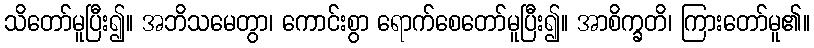
သိတော်မူပြီး၍။ အဘိသမေတွာ၊ ကောင်းစွာ ရောက်စေတော်မူပြီး၍။ အာစိက္ခတိ၊ ကြားတော်မူ၏။